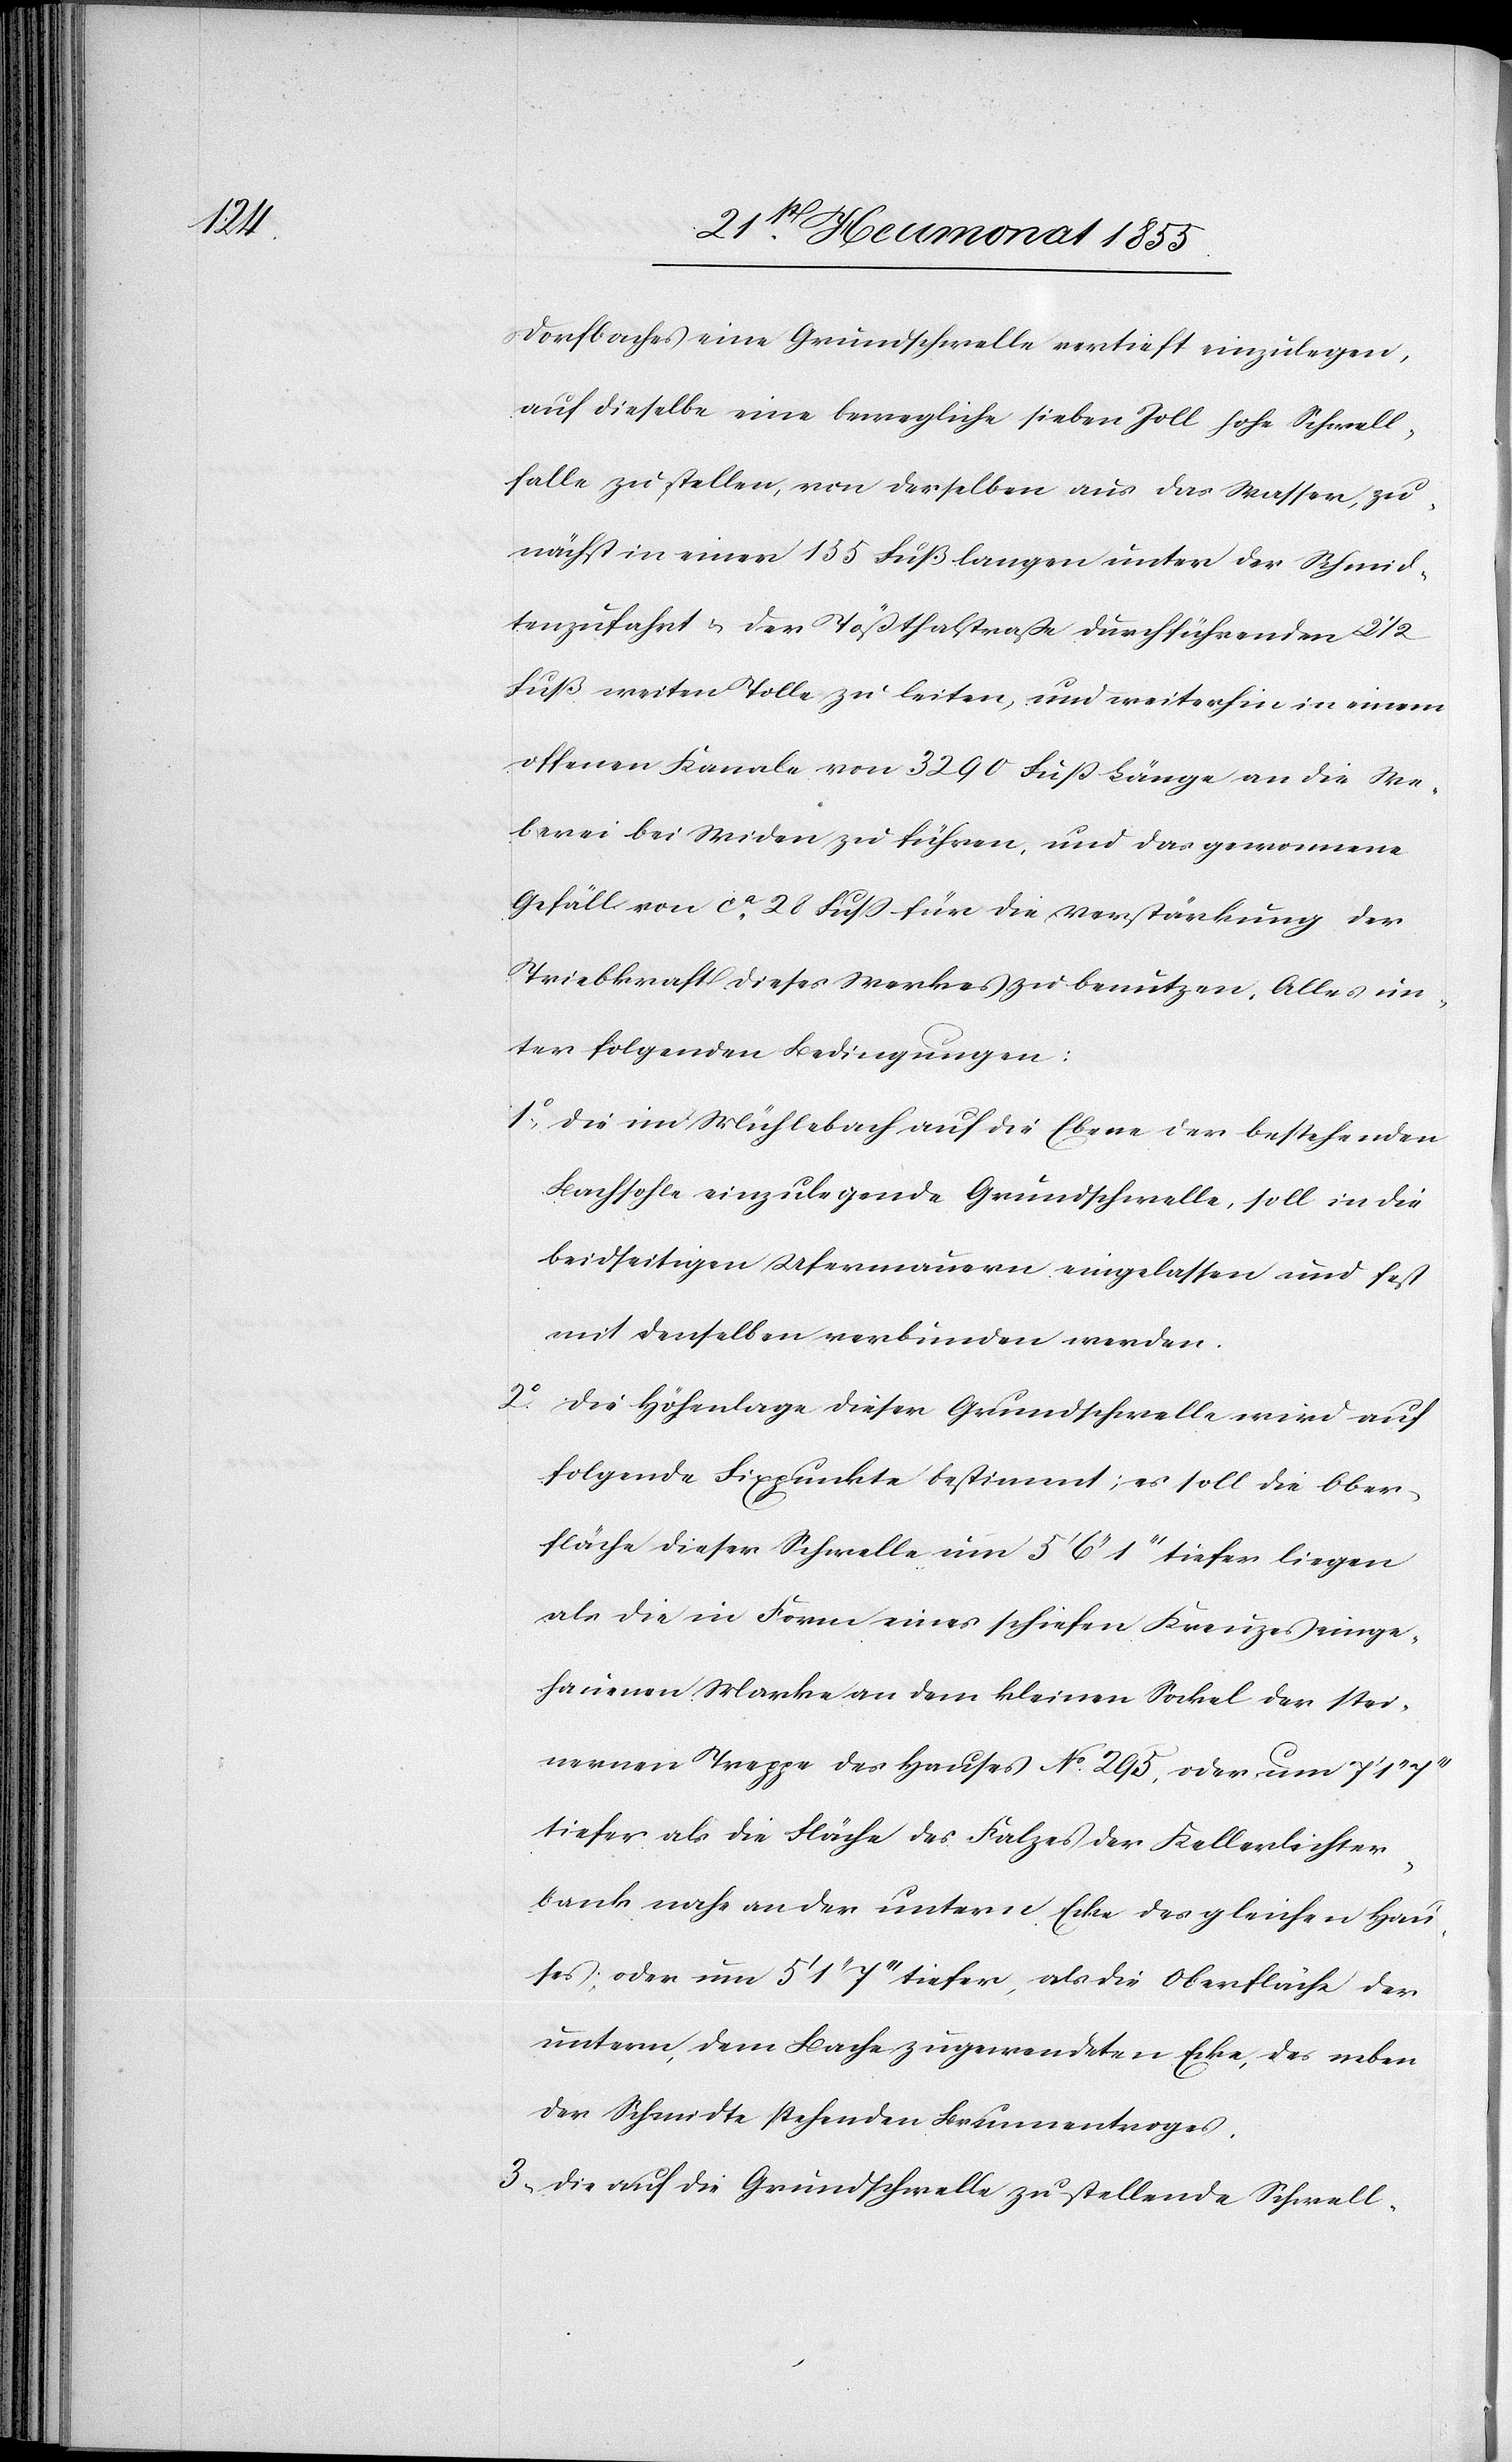
Dorfbaches eine Grundschwelle vertieft einzulegen,
auf dieselbe eine bewegliche sieben Zoll hohe Schwell¬
falle zu stellen, von derselben aus das Wasser, zu¬
nächst in einer 155 Fuß langen unter der Schmid¬
tenzufahrt & der Tößthalstraße durchführenden 2 1/2
Fuß weiten Tolle zu leiten, und weiterhin in einem
offenen Kanale von 3290 Fuß Länge an die We¬
berei bei Widen zu führen, und das gewonnene
Gefäll von ca. 28 Fuß für die Verstärkung der
Triebkraft dieses Werkes zu benutzen. Alles un¬
ter folgenden Bedingungen:
Die im Mühlebach auf die Ebene der bestehenden
Bachsohle einzulegende Grundschwelle, soll in die
beidseitigen Ufermauern eingelassen und fest
mit denselben verbunden werden.
Die Höhenlage dieser Grundschwelle wird auf
folgende Fixpunkte bestimmt; es soll die Ober¬
fläche dieser Schwelle um 5‘ 6‘‘ 1‘‘‘ tiefer liegen
als die in Form eines schiefen Kreuzes einge¬
hauenen Marke an dem kleinen Sockel der stei¬
nernen Treppe des Hauses No. 295, oder um 7‘ 1‘‘
tiefer als die Fläche des Falzes der Kellerlichter¬
bank nahe an der untern Ecke des gleichen Hau¬
ses; oder um 5‘ 1‘‘ 7‘‘‘ tiefer, als die Oberfläche der
untern, dem Bache zugewendeten Ecke, des neben
der Schmidte stehenden Brunnentroges.
Die auf die Grundschwelle zu stellende Schwell-